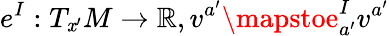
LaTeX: e^{I}:T_{\mathit{x}^{\prime}}M\rightarrow\mathbb{{R}},v^{a^{\prime}}\mapstoe_{a^{\prime}}^{I}v^{a^{\prime}}